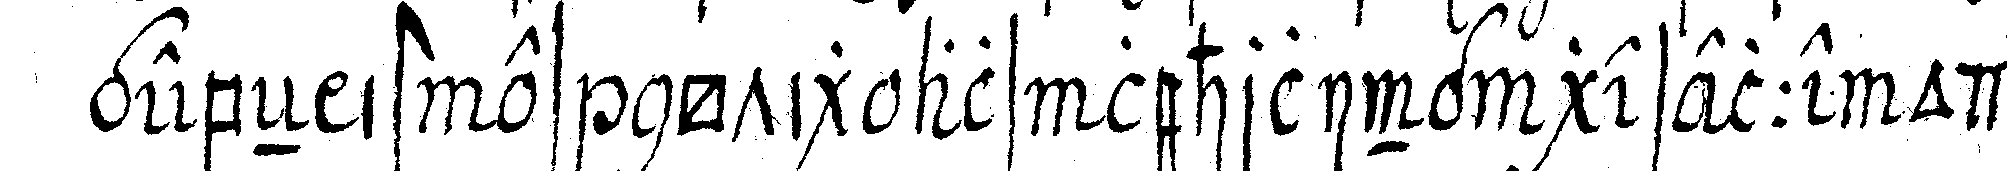
gebeN ist es nötig als lehrling geselle oder